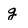
Character: g